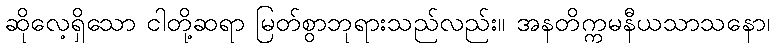
ဆိုလေ့ရှိသော ငါတို့ဆရာ မြတ်စွာဘုရားသည်လည်း။ အနတိက္ကမနီယသာသနော၊